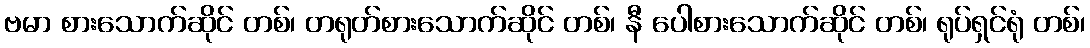
ဗမာ စားသောက်ဆိုင် တစ်၊ တရုတ်စားသောက်ဆိုင် တစ်၊ နီ ပေါစားသောက်ဆိုင် တစ်၊ ရုပ်ရှင်ရုံ တစ်၊